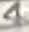
Text: 4